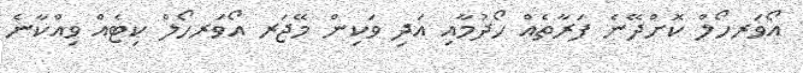
އޯވަރހޯލް ކޮށްދޭނެ ފަރާތެއް ހޯދުމާއި އަދި ވަކިން މޭޖަރ އޯވަރހޯލް ކިޓެއް ވިއްކާނެ